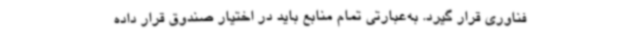
فناوری قرار گیرد. به‌عبارتی تمام منابع باید در اختیار صندوق قرار داده